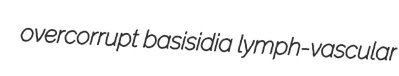
overcorrupt basisidia lymph-vascular